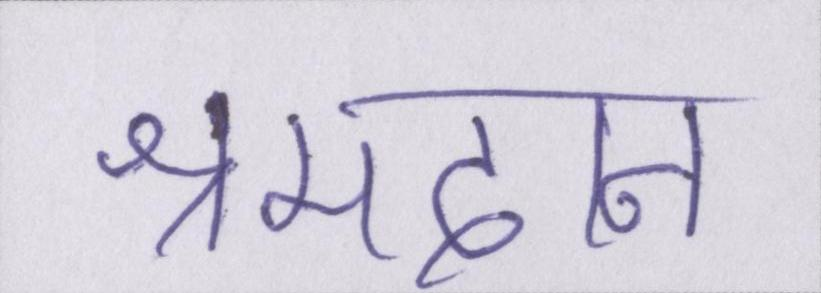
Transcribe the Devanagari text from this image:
श्रमदान